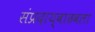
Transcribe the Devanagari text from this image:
संप्रदाय्वाढवला